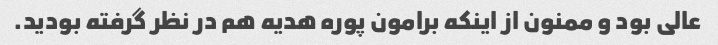
عالی بود و ممنون از اینکه برامون پوره هدیه هم در نظر گرفته بودید.